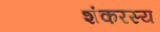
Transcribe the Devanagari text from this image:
शंकरस्य